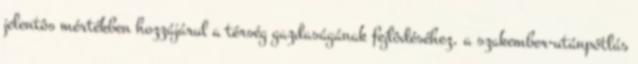
jelentôs mértékben hozzájárul a térség gazdaságának fejlôdéséhez, a szakember-utánpótlás